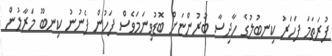
ފުރަތަމަ ފަހަރު ކިނބުލުގެ ހާދިސާ ބުރުންޏަށް ބޮޑުވިނަމަވެސް ފަހުން ފެނުނު ކިނބޫ މަރާލުން